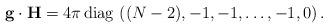
LaTeX: \begin{align*}{\bf g}\cdot {\bf H} ={4\pi }\, {\rm diag}\,\, ((N-2), -1, -1, \dots, -1 , 0 ) \, .\end{align*}